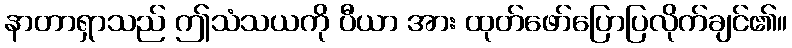
နာတာရှာသည် ဤသံသယကို ပီယာ အား ထုတ်ဖော်ပြောပြလိုက်ချင်၏။